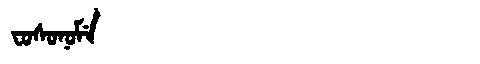
Manchu: ᠸᠣᠰᠣᠨᠣᠮᡝ
Romanization: FOSONOME